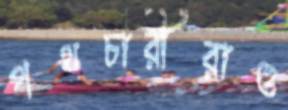
পথচারীরাও